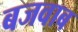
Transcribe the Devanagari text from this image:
बजवाब